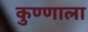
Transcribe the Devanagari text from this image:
कुण्णाला